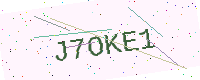
Text: J7OKE1